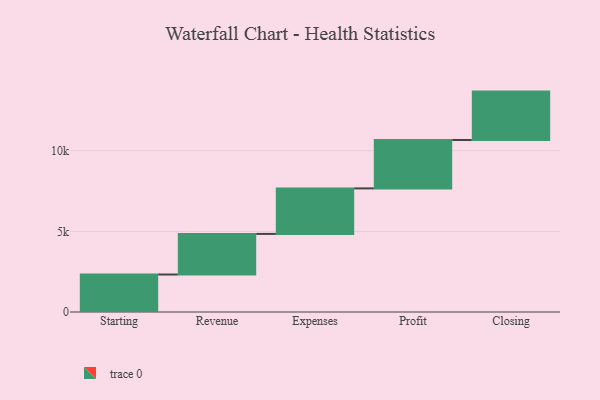
{"axis": {"x": "Step", "y": "Value"}, "legend": [""], "data": [{"x": "Starting", "y": 2324.0, "type": ""}, {"x": "Revenue", "y": 2516.0, "type": ""}, {"x": "Expenses", "y": 2821.0, "type": ""}, {"x": "Profit", "y": 3000, "type": ""}, {"x": "Closing", "y": 3000, "type": ""}]}